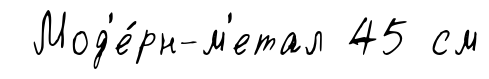
Мод'е́рн-м'етал 45 см